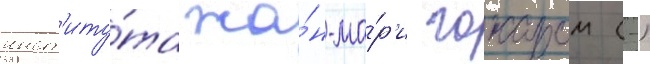
инст'иту́та жа́н-ма́р'и гожаром (-)